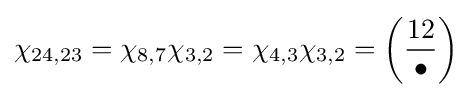
\chi _{24,23}=\chi _{8,7}\chi _{3,2}=\chi _{4,3}\chi _{3,2}=\left({\frac {12}{\bullet }}\right)